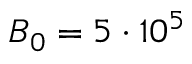
B _ { 0 } = 5 \cdot 1 0 ^ { 5 }